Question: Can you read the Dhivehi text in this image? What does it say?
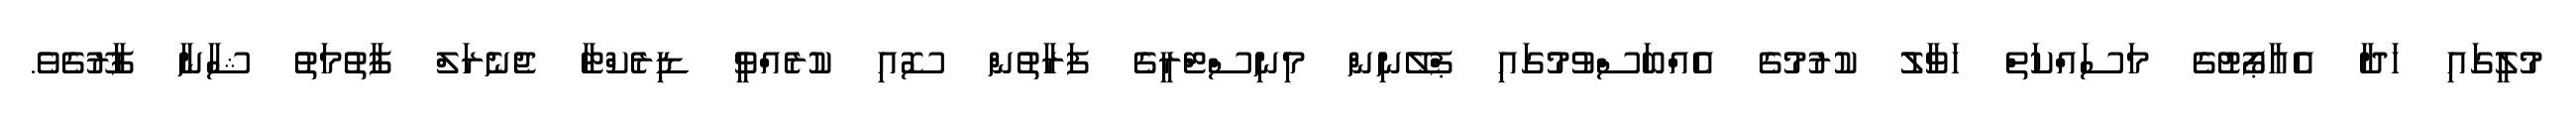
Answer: މުލީގައި ހަދާ އެއާޕޯޓުގެ މަސައްކަތް ހަވާލު ކުރުމުގެ އެއްބަސްވުމުގައި ޕްލޭނިން މިނިސްޓްރީގެ ފަރާތުން ސޮއި ކުރެއްވީ ޑިރެކްޓާ ޖެނެރަލް ފާތުމަތު ޝާނާ ފާރޫގެވެ.